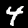
Digit: 4